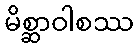
မိစ္ဆာဝါစဿ